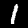
Label: 1